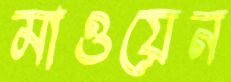
মাওয়েন